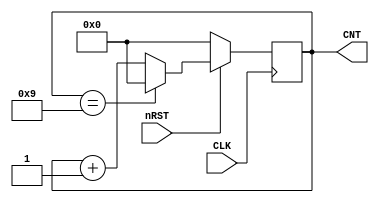
module quiz6(CLK, nRST, CNT);
input CLK, nRST;
output reg [3:0] CNT;

always @(posedge CLK) begin
	if(!nRST) CNT <= 0;
	else begin
		if(CNT == 9) CNT = 0;
		else CNT <= CNT + 1;
	end
end

endmodule